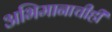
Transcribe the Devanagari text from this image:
अभिमानाचीही